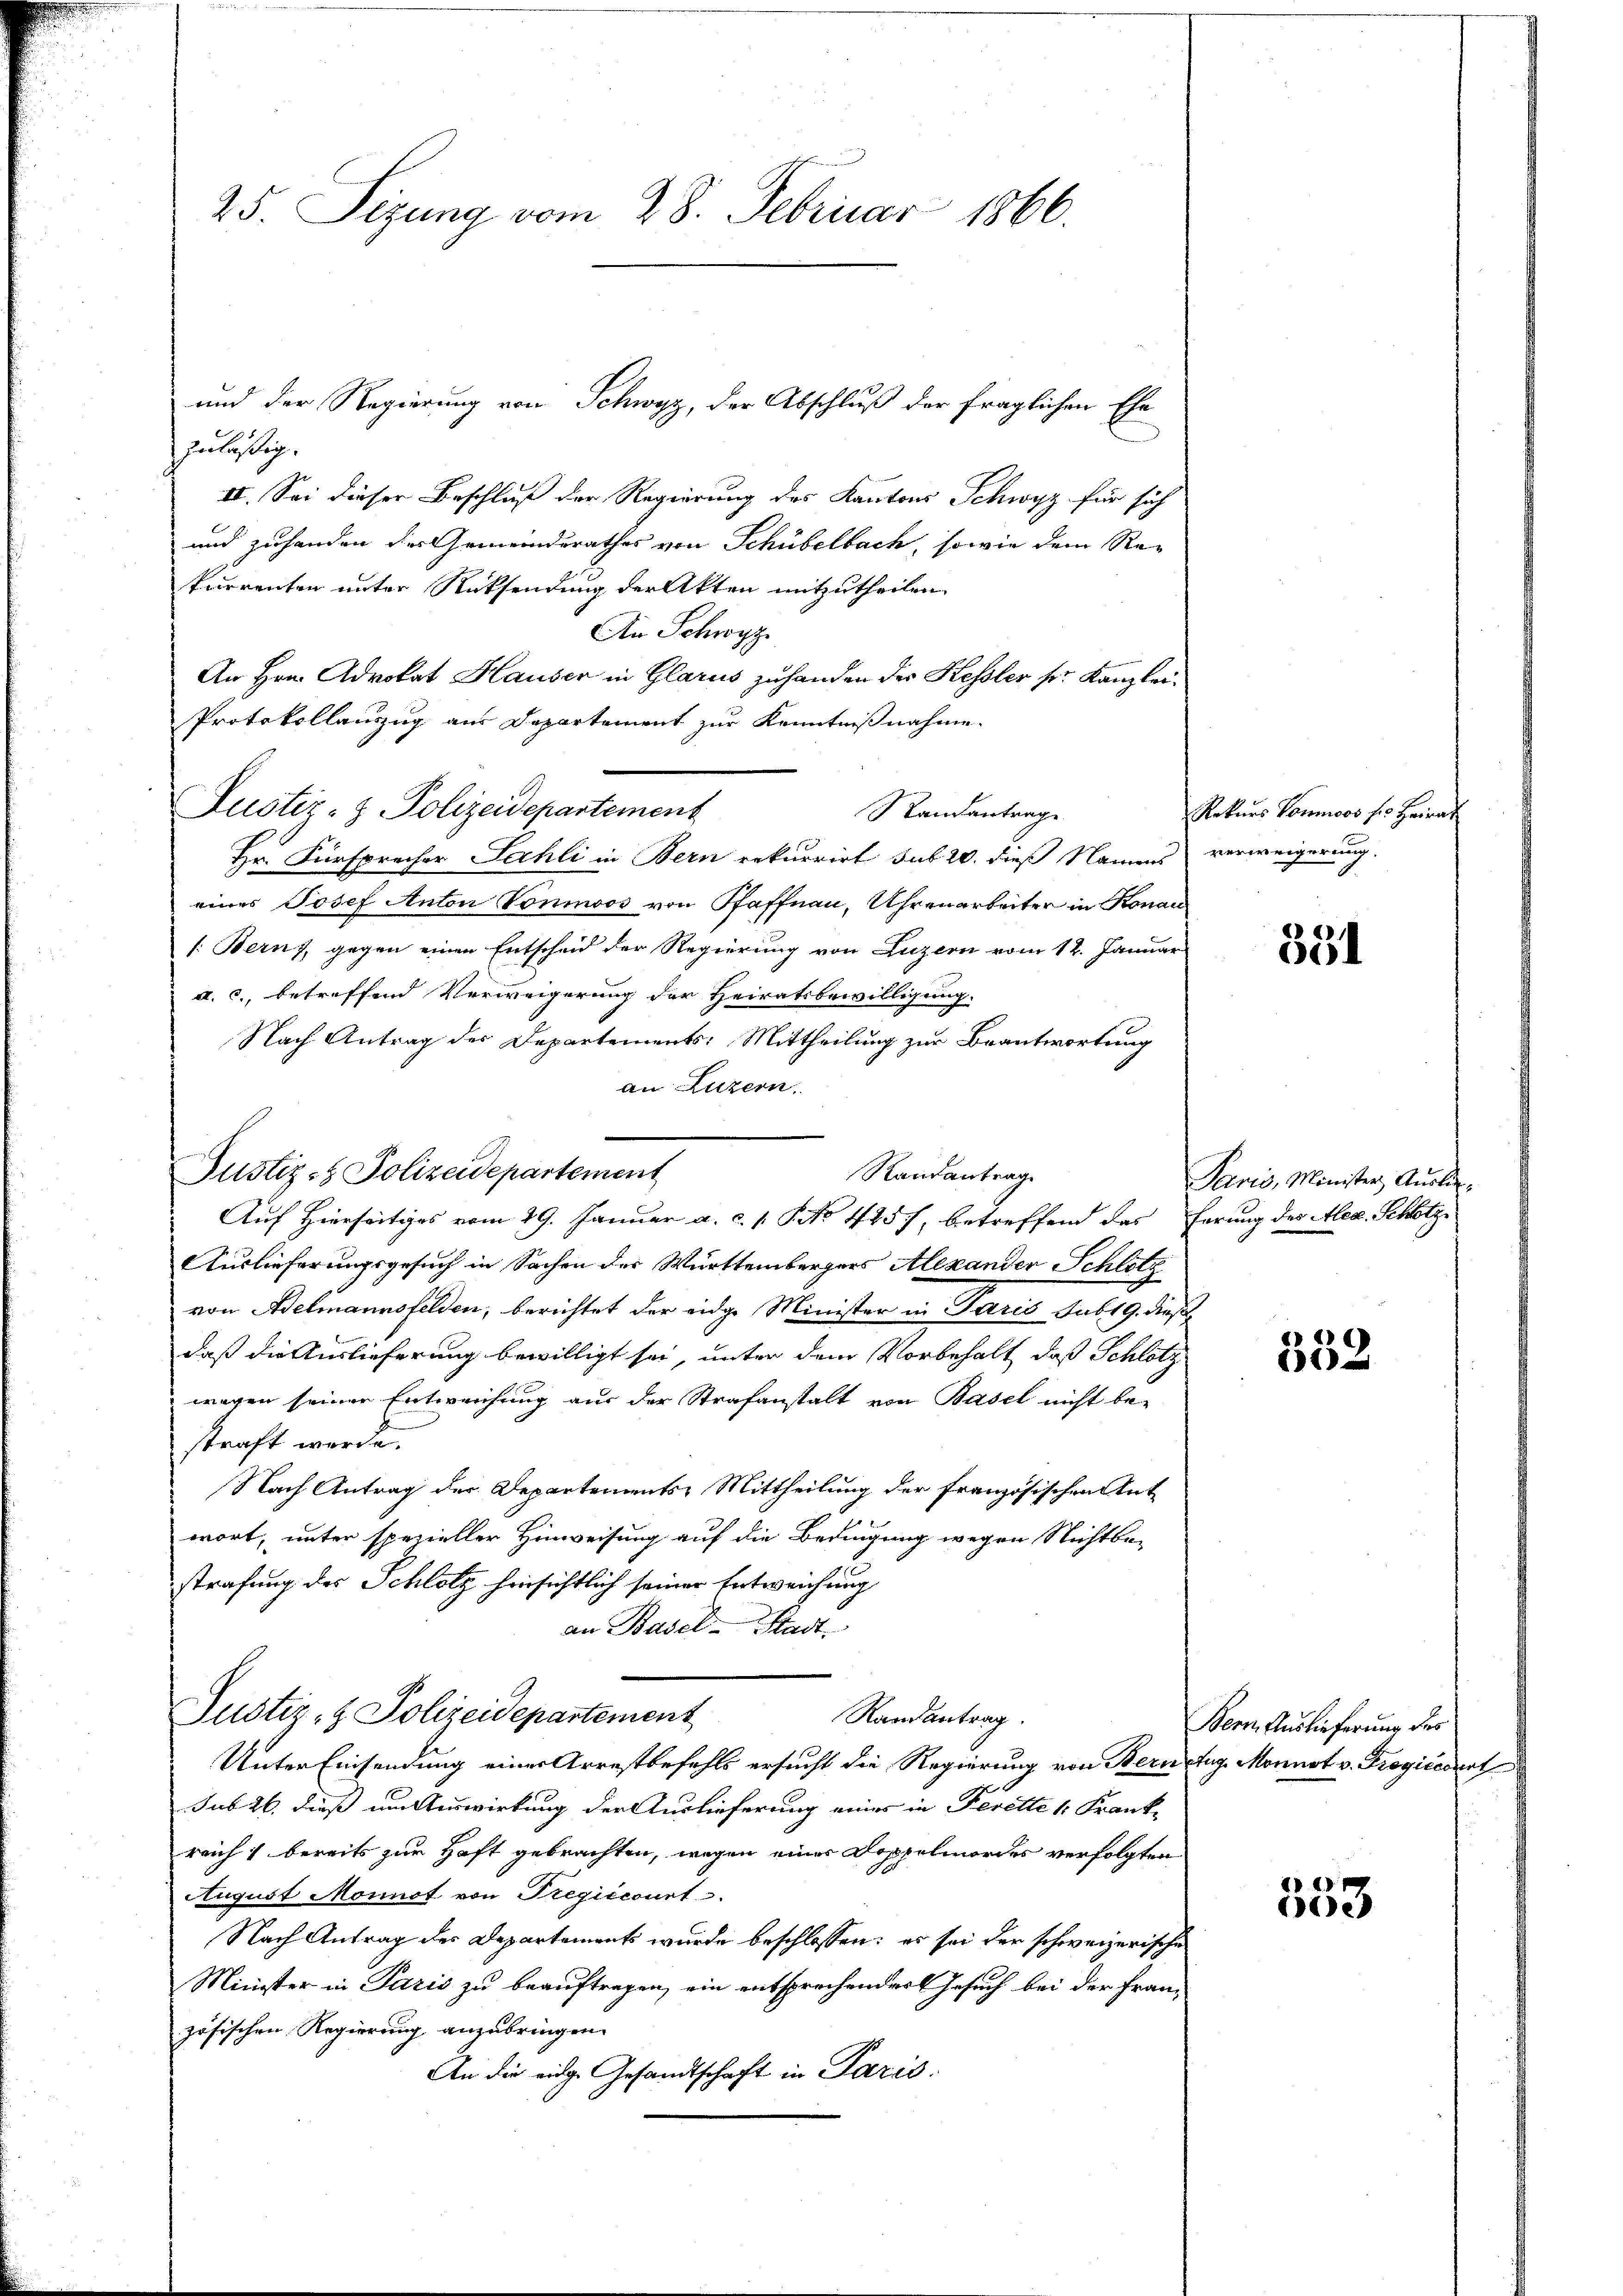
25. Seizung vom 28. Februar 1866.

nbestig.
II. Sei dieser Beschluß der Regierung des Kantons Schwyz für sich
und zuhanden des Gemeinderathes von Schübelbach, sowie dem Rekurrenten unter Rücksendung der Akten mitzutheilen.
An Schwyz
An Hrn. Advokat Hauser in Glarus zuhanden der Kessler sr. Kanzlei-
Protokollauszug aus Departement zur Kenntnißnahme.
Hr. Fürsprecher Sahli in Bern rekurrirt sub 20. dieß Namens verweigerung.
eines Josef Anton Vonnos von Pfaffnau, Uhrenarbeiter in Konau
1: Bern, gegen einen Entscheid der Regierung von Luzern vom 12. Januar
I. c., betreffend Verweigerung der Heiratsbewilligung.
Nach Antrag des Departements: Mittheilung zur Beantwortung
an Luzern.
Auslieferungsgesuch in Sachen des Württembergers Alexander Schlötz
von Adelmannsfelden, berichtet der eidge Minister in Paris sub 19. dieß
daß die Auslieferung bewilligt sei, unter dem Vorbehalt, daß Schlötz
wegen seiner Entweichung aus der Strafanstalt von Basel nicht be-
straft werde.
Nach Antrag der Departements-Mittheilung der französischen Ant
wort, unter spezieller Hinweisung auf die Bedingung wegen Nichtbe-
strafung des Schlotz hinsichtlich seiner Entweichung
an Basel-Stadt,
Justiz- & Polizeidepartement
Randantrag.
Unter Einsendung einer Arrestbefehls ersucht die Regierung von Bernetug. Monnot v. Frogicedirt
sub 26. dieß um Auswirkung der Auslieferung eines in Ferette 1. Frankreich bereits zur Haft gebrachten, wegen eines Doppelmordes verfolgten
August Monnot von Tregiccourt
Nach Antrag des Departements wurde beschlossen: es sei der schweizerische
Minister in Paris zu beauftragen, ein entsprechender Gesuch bei der Fran-
zösischen Regierung anzubringen.
An die eidge Gesandtschaft in Paris.

Justiz- & Polizeidepartement

und der Regierung von Schwyz, der Abschluß der fraglichen Ehe

Randantrag
Justiz- & Polizeidepartement
Auf Hierseitiges vom 29. Januar a. c. 1. P. No 445), betreffend das herung des Alex. Schlotz

Standantrage

Rekurs Tomoos ser Heirat

351

Paris, Minister, Auslie¬

552

Bern Auslieferung des

553